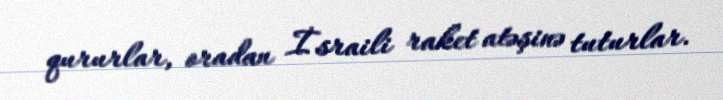
qururlar, oradan İsraili raket atəşinə tuturlar.